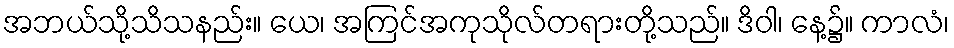
အဘယ်သို့သိသနည်း။ ယေ၊ အကြင်အကုသိုလ်တရားတို့သည်။ ဒိဝါ၊ နေ့၌။ ကာလံ၊